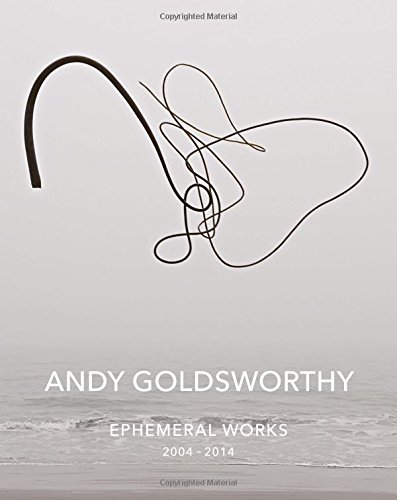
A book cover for Andy Goldsworthy: Ephemeral Works: 2004-2014; Andy Goldsworthy; Arts & Photography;